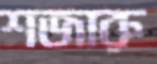
শজারু